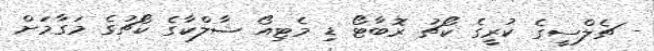
- ޗެލްސީގެ ކުރީގެ ކޯޗު ރޮބާޓޯ ޑި މެޓިއޯ ޝާލްކާގެ ކޯޗުގެ މަގާމަށް